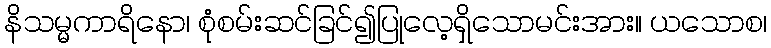
နိသမ္မကာရိနော၊ စုံစမ်းဆင်ခြင်၍ပြုလေ့ရှိသောမင်းအား။ ယသောစ၊